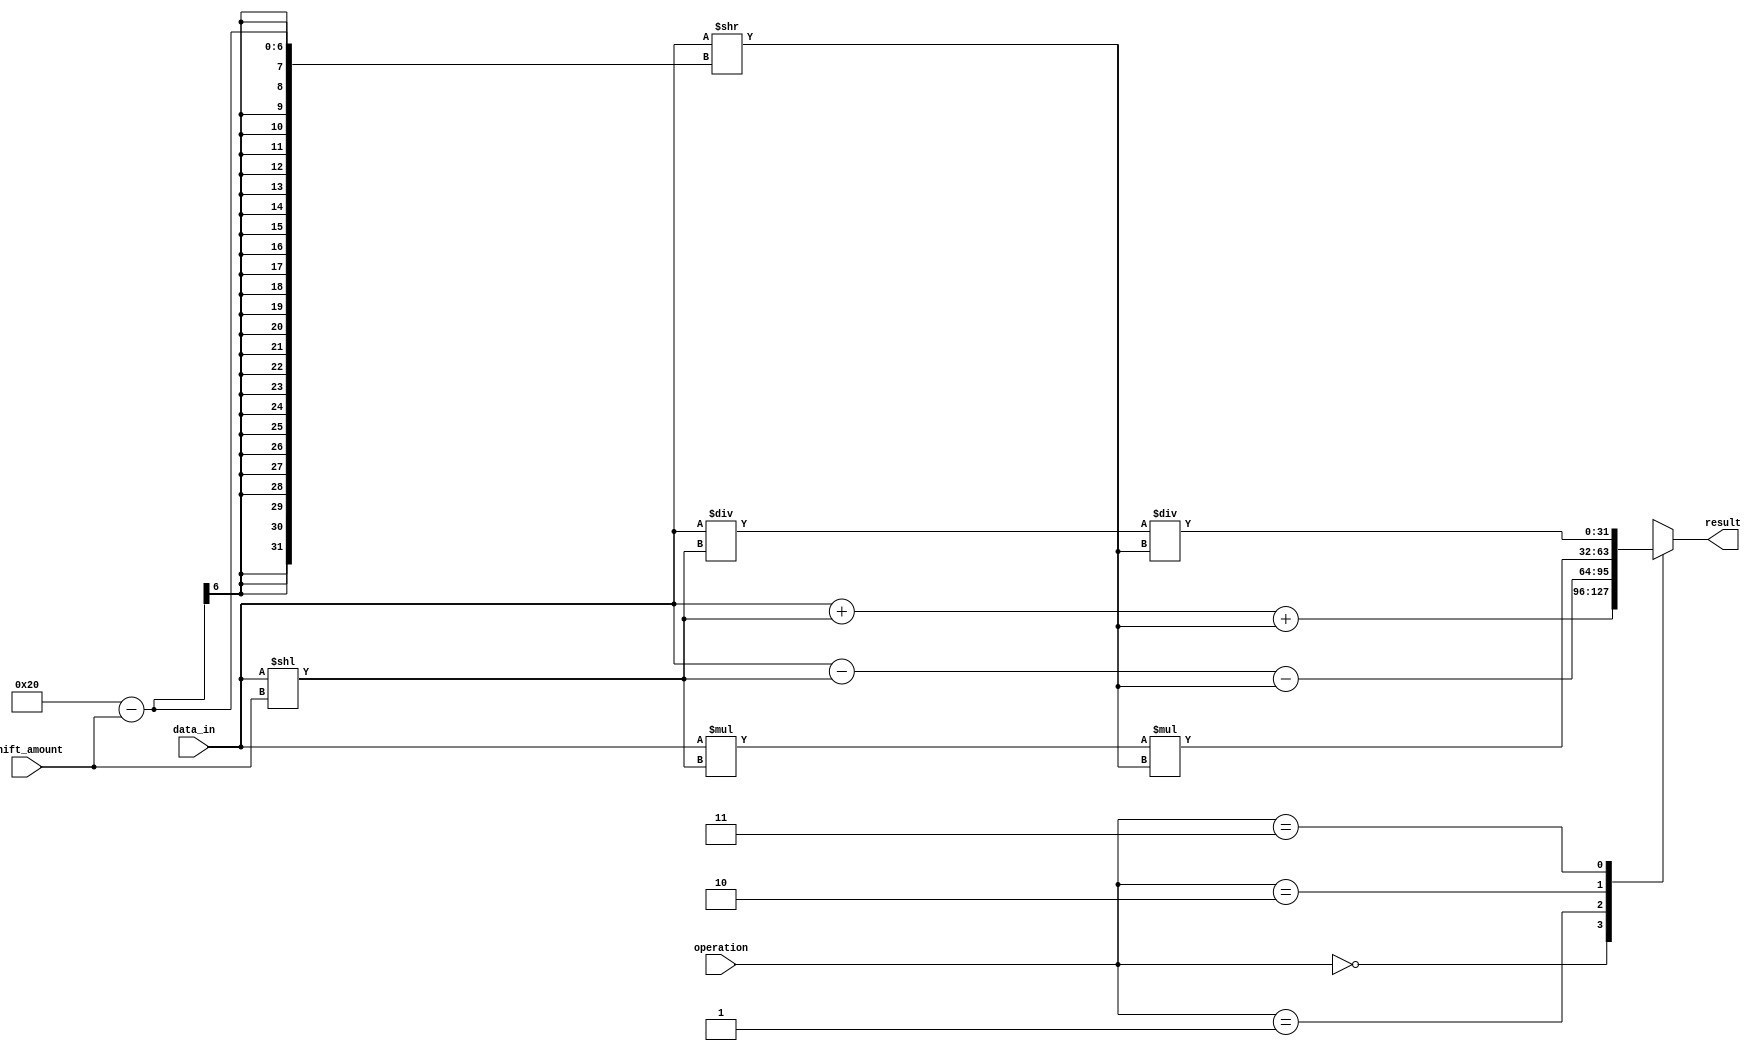
module Barrel_Shifter (
    input [31:0] data_in,
    input [4:0] shift_amount,
    input [1:0] operation,
    output reg [31:0] result
);

always @ (data_in, shift_amount, operation)
begin
    case(operation)
        2'b00: // Addition
            result = data_in + (data_in << shift_amount) + (data_in >> (32 - shift_amount));
        2'b01: // Subtraction
            result = data_in - (data_in << shift_amount) - (data_in >> (32 - shift_amount));
        2'b10: // Multiplication
            result = data_in * (data_in << shift_amount) * (data_in >> (32 - shift_amount));
        2'b11: // Division
            result = data_in / (data_in << shift_amount) / (data_in >> (32 - shift_amount));
    endcase
end

endmodule